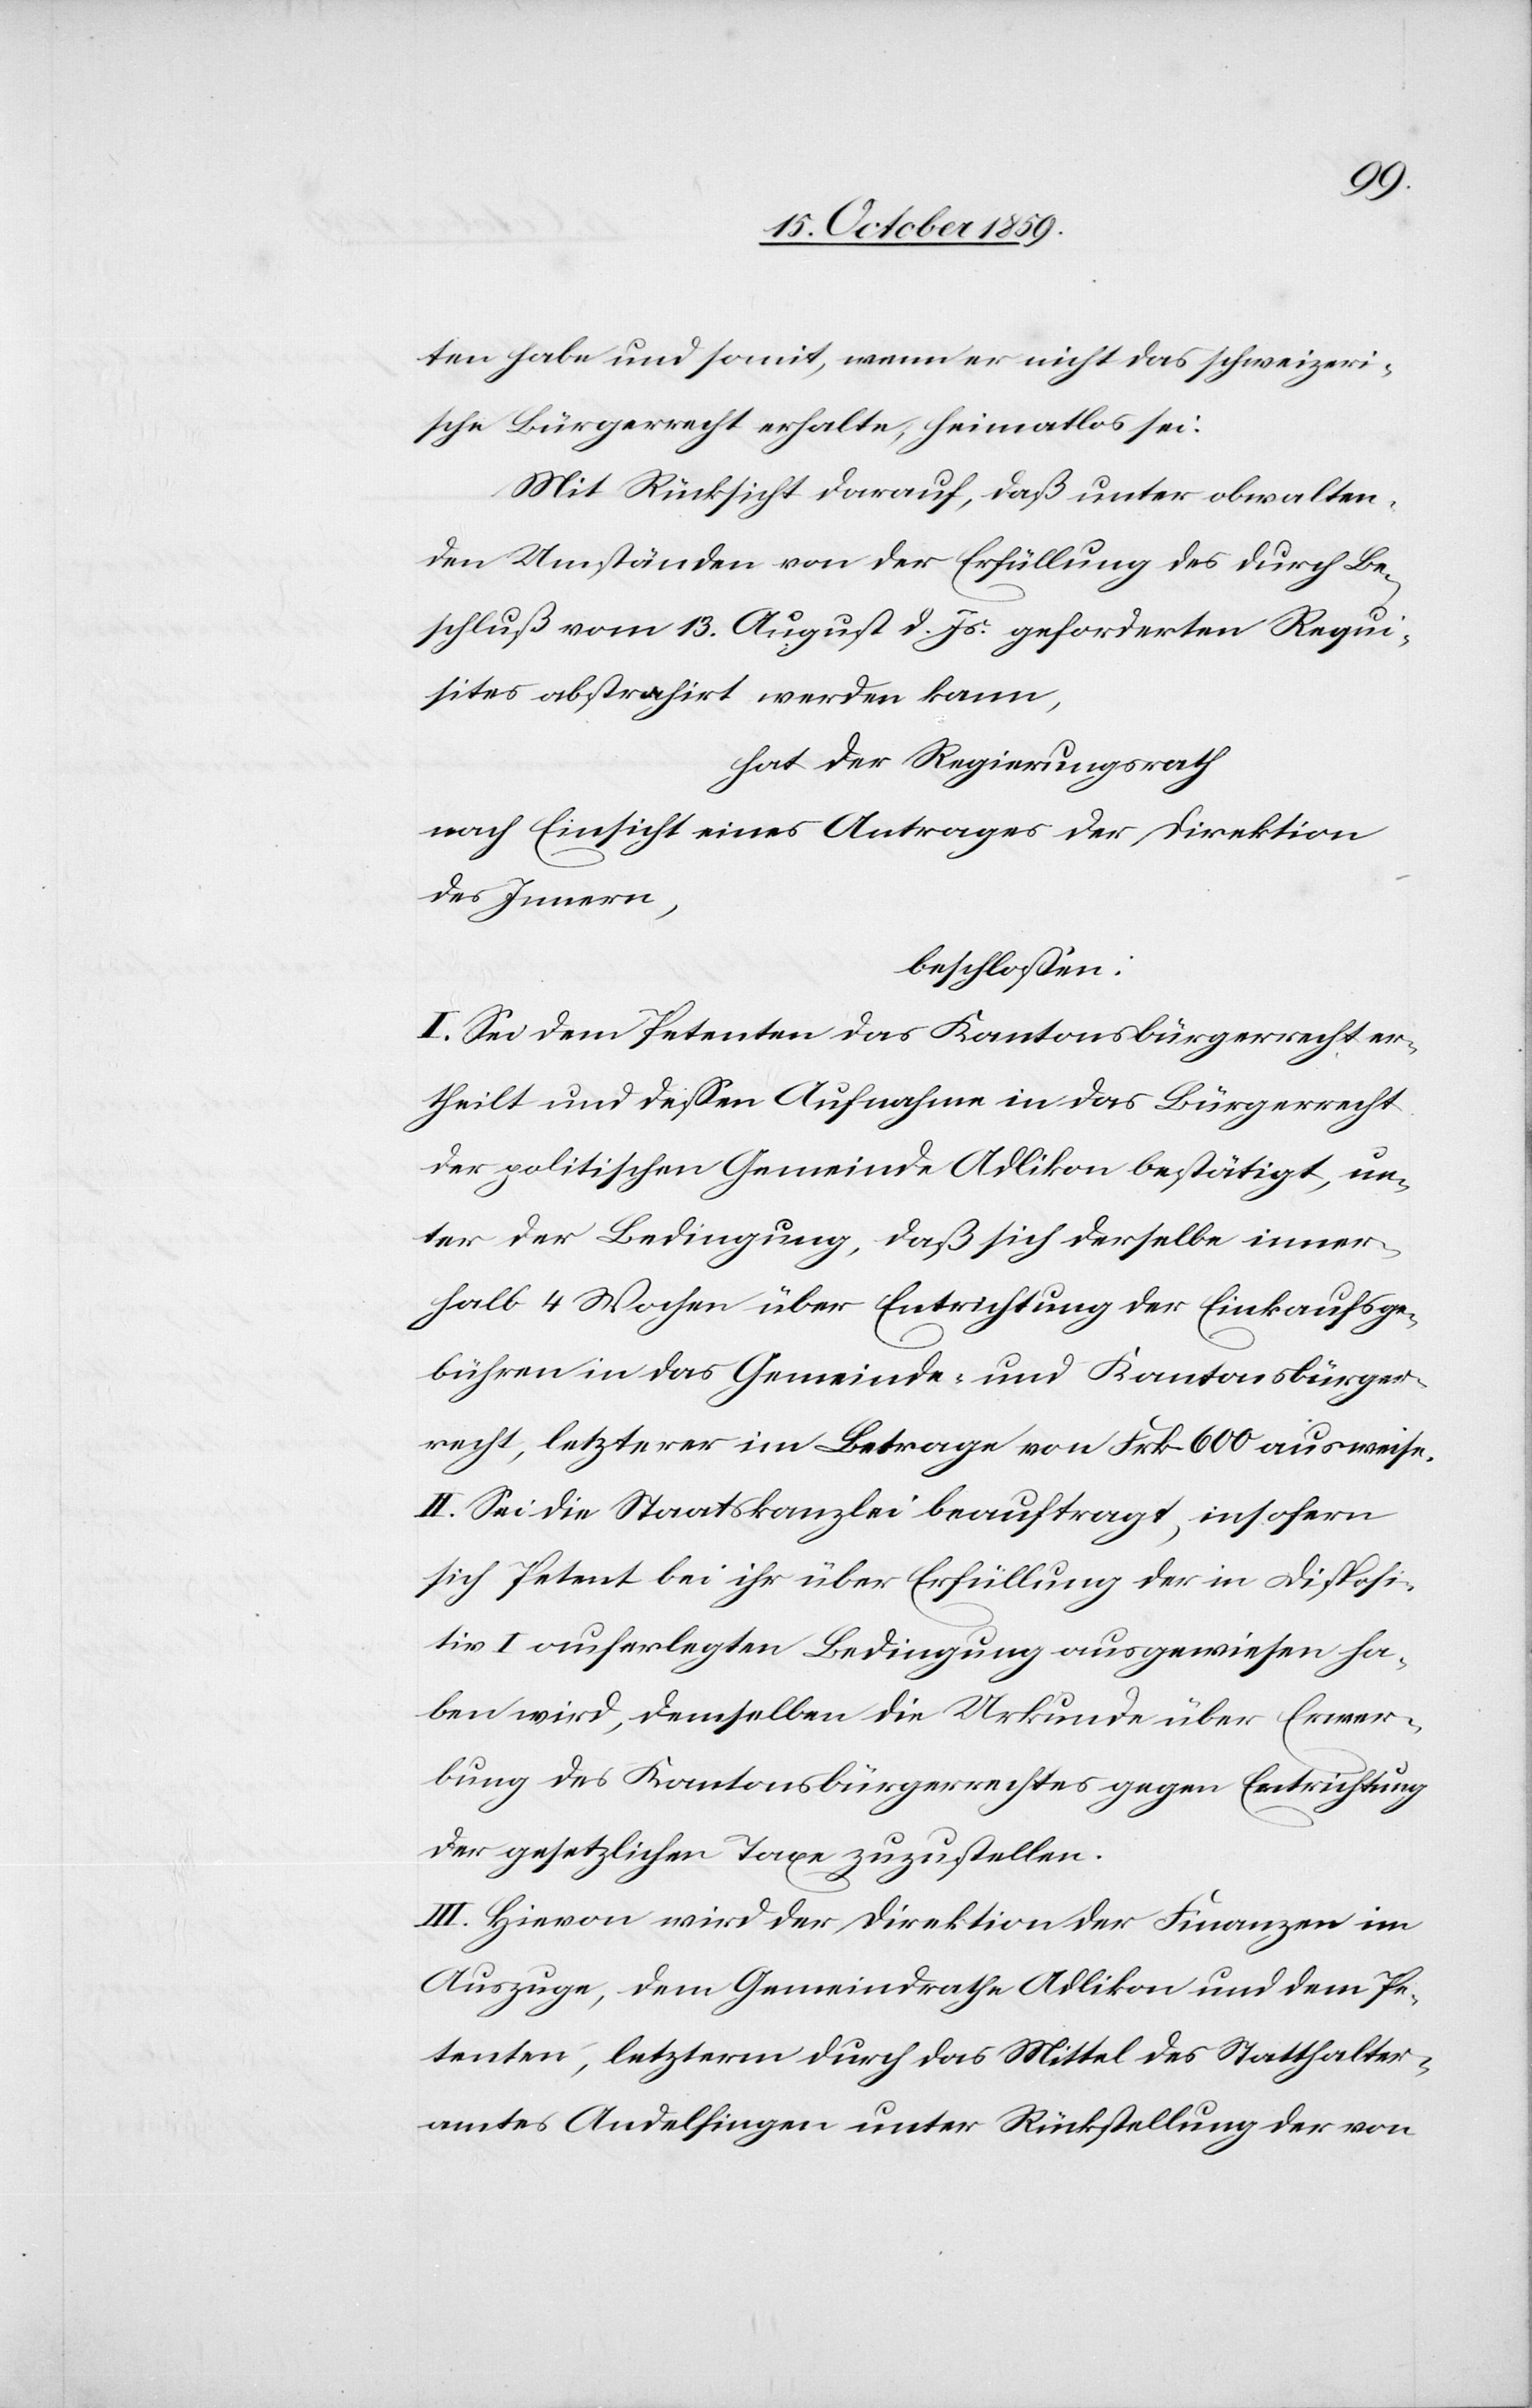
ten habe und somit, wenn er nicht das schweizeri¬
sche Bürgerrecht erhalte, heimatlos sei:
Mit Rücksicht darauf, daß unter obwalten¬
den Umständen von der Erfüllung des durch Be¬
schluß vom 13. August d. Js. geforderten Requi¬
sites abstrahirt werden kann,
hat der Regierungsrath
nach Einsicht eines Antrages der Direktion
des Innern,
beschloßen:
I. Sei dem Petenten das Kantonsbürgerrecht er¬
theilt und dessen Aufnahme in das Bürgerrecht
der politischen Gemeinde Adlikon bestätigt, un¬
ter der Bedingung, daß sich derselbe inner¬
halb 4 Wochen über Entrichtung der Einkaufsge¬
bühren in das Gemeinde- und Kantonsbürger¬
recht, letzterer im Betragen von Frk. 600 ausweise.
II. Sei die Staatskanzlei beauftragt, insofern
sich Petent bei ihr über Erfüllung der in Disposi¬
tion I auferlegten Bedingungen ausgewiesen ha¬
ben wird, demselben die Urkunde über Erwer¬
bung des Kantonsbürgerrechtes gegen Entrichtung
der gesetzlichen Taxe zuzustellen.
III. Hievon wird der Direktion der Finanzen im
Auszuge, dem Gemeindrathe Adlikon und dem Pe¬
tenten, letzterem durch das Mittel des Statthalter¬
amtes Andelfingen unter Rücksendung der von